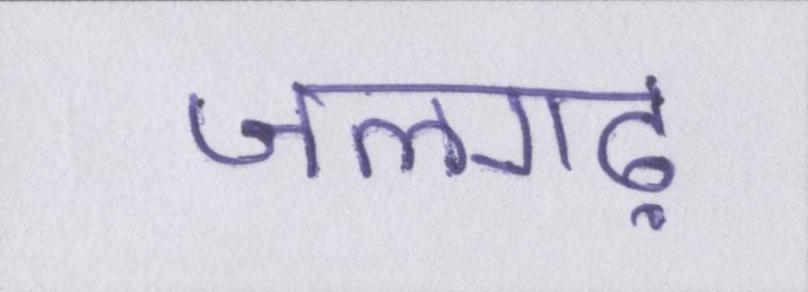
जलगढ़